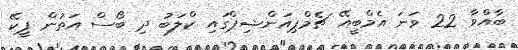
ބާއްވާ 22 ވަނަ އެމްބީއޭ ޗެމްޕިއަންޝިޕްގައި ކްލަބު ދި ބޯސް އަތުން ޕީކޭ